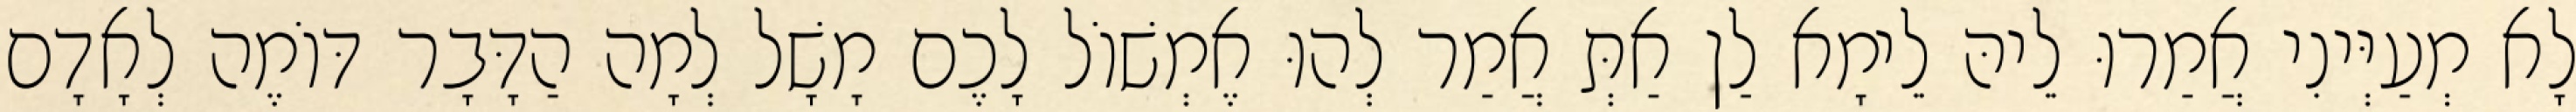
לָא מְעַיְּינִי אֲמַרוּ לֵיהּ לֵימָא לַן אַתְּ אֲמַר לְהוּ אֶמְשׁוֹל לָכֶם מָשָׁל לְמָה הַדָּבָר דּוֹמֶה לְאָדָם